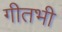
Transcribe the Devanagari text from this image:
गीतभी